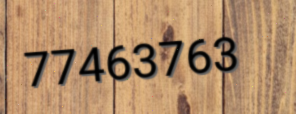
77463763